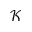
\mathcal { K }